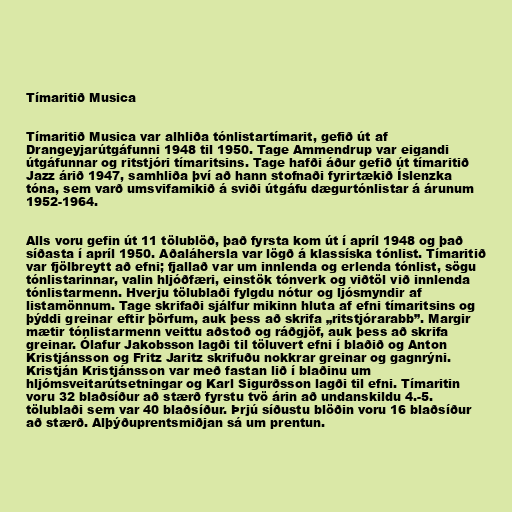
Tímaritið Musica

Tímaritið Musica var alhliða tónlistartímarit, gefið út af
Drangeyjarútgáfunni 1948 til 1950. Tage Ammendrup var eigandi
útgáfunnar og ritstjóri tímaritsins. Tage hafði áður gefið út tímaritið
Jazz árið 1947, samhliða því að hann stofnaði fyrirtækið Íslenzka
tóna, sem varð umsvifamikið á sviði útgáfu dægurtónlistar á árunum
1952-1964.

Alls voru gefin út 11 tölublöð, það fyrsta kom út í apríl 1948 og það
síðasta í apríl 1950. Aðaláhersla var lögð á klassíska tónlist. Tímaritið
var fjölbreytt að efni; fjallað var um innlenda og erlenda tónlist, sögu
tónlistarinnar, valin hljóðfæri, einstök tónverk og viðtöl við innlenda
tónlistarmenn. Hverju tölublaði fylgdu nótur og ljósmyndir af
listamönnum. Tage skrifaði sjálfur mikinn hluta af efni tímaritsins og
þýddi greinar eftir þörfum, auk þess að skrifa „ritstjórarabb”. Margir
mætir tónlistarmenn veittu aðstoð og ráðgjöf, auk þess að skrifa
greinar. Ólafur Jakobsson lagði til töluvert efni í blaðið og Anton
Kristjánsson og Fritz Jaritz skrifuðu nokkrar greinar og gagnrýni.
Kristján Kristjánsson var með fastan lið í blaðinu um
hljómsveitarútsetningar og Karl Sigurðsson lagði til efni. Tímaritin
voru 32 blaðsíður að stærð fyrstu tvö árin að undanskildu 4.-5.
tölublaði sem var 40 blaðsíður. Þrjú síðustu blöðin voru 16 blaðsíður
að stærð. Alþýðuprentsmiðjan sá um prentun.